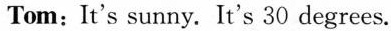
Tom: It's sunny. It's 30 degrees.